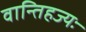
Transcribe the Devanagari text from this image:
वान्तिहज्यः